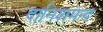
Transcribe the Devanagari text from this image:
दानिशमन्द